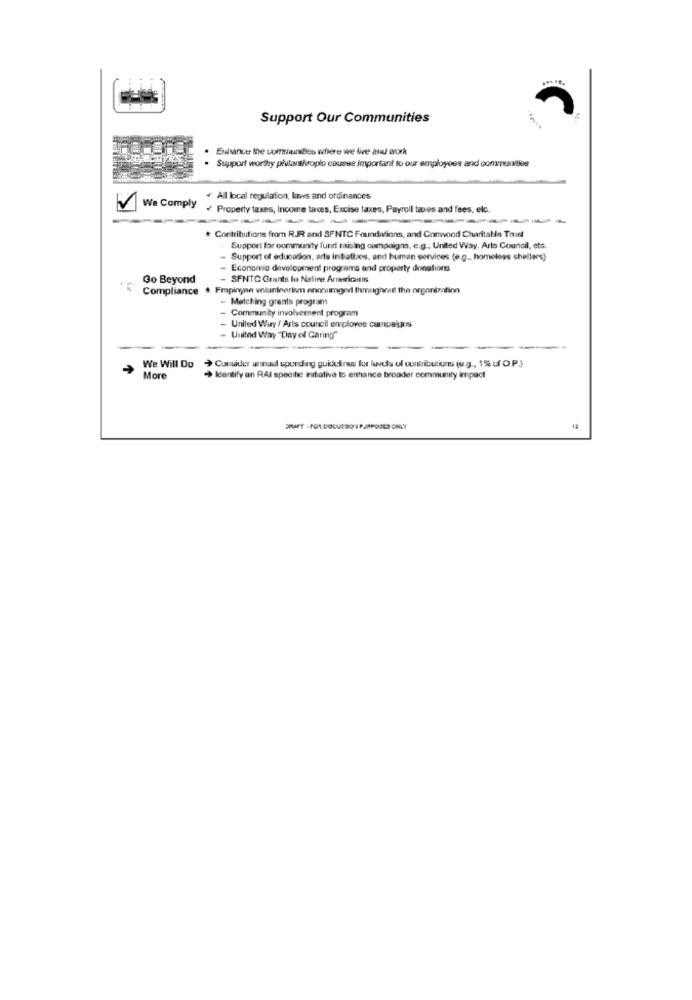
Support Our Communities
Enisance the communities where we fire and work
Support worthy philanthroplo causes important to our employees and communities
All local regulation, laws and ordinances
V
We Comply / Property taxes, Income taxces, Excise taxes, Payroll taxes and fees, elc.
-----
# Contributions from RJR and SFNTC Foundations, and Conwood Charitable Think
Support for community fund raising campaigns, e.g ., United Way, Arts Council, etc.
Support of education, arts intattzes, and human services (e.g. homeless shelters)
Economic development programs and property donations
Go Beyond
- SFNTC Grants lo Native Americans
Compliance # Fmpinyne wlaninerism enouimger Ihmrighnitt the organization
- Matching grants program
- Community involvement program
- United Way / Arts council employee campaigns
- United Way "Day of Garing"
Comader unnad spending guidelines fur leeds of contribuliuns (u.g ., 1%% of O.P.)
>
We Will Do
More
Identify an RAI specihc initative to enhance broader community impact
ERAET - FOR DOCURSO 1 PJRPOOLS ONLY